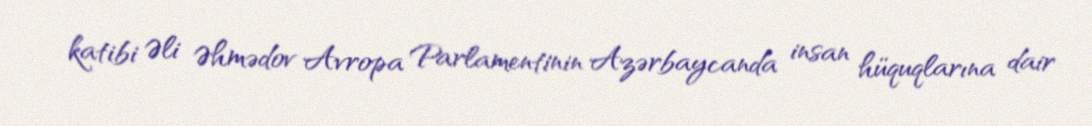
katibi Əli Əhmədov Avropa Parlamentinin Azərbaycanda insan hüquqlarına dair